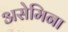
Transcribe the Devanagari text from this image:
असेमिना